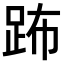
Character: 𨀒